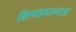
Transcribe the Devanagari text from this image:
शिष्यादन्यत्र